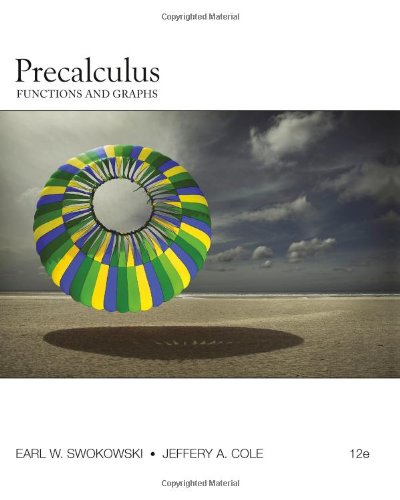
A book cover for Precalculus: Functions and Graphs; Earl Swokowski; Science & Math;